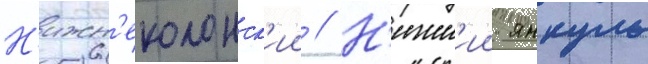
Н'ижн'еколонск'ии // Н'ижн'ии янкуль